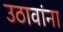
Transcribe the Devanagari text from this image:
उठावांना